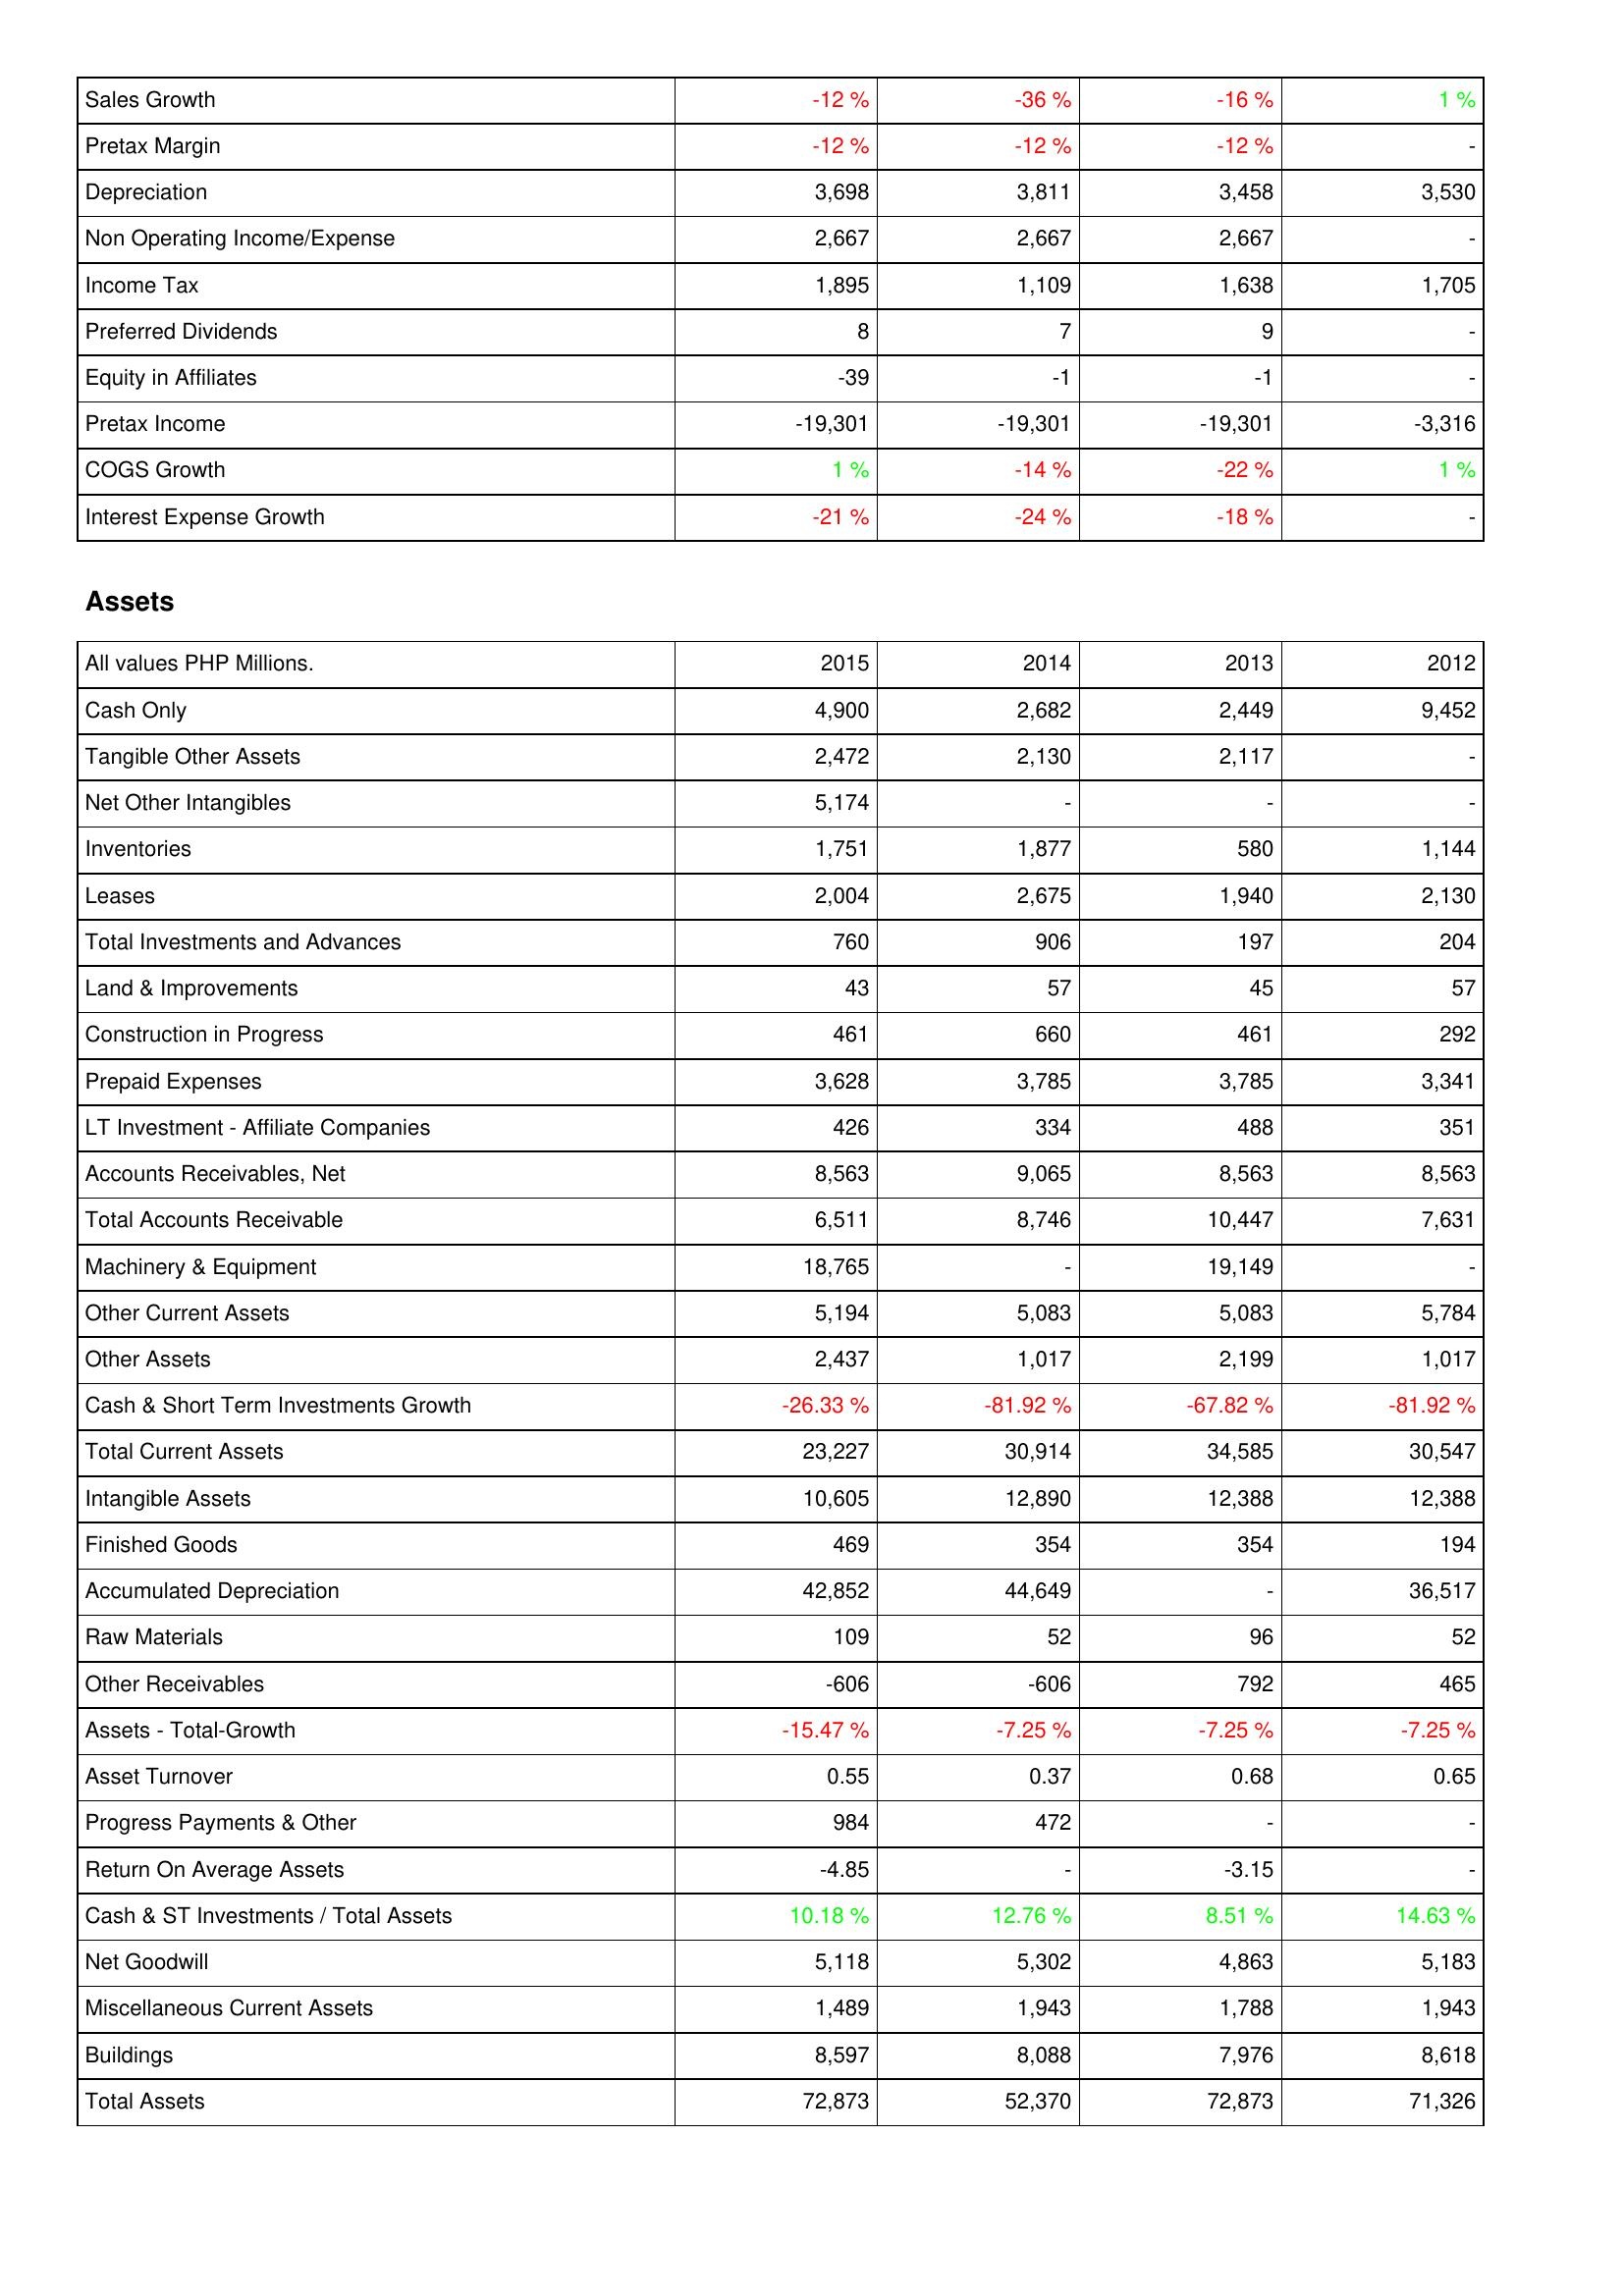
2015: Income Statement: Sales Growth: -12 %
Pretax Margin: -12 %
Depreciation: 3,698
Non Operating Income/Expense: 2,667
Income Tax: 1,895
Preferred Dividends: 8
Equity in Affiliates: -39
Pretax Income: -19,301
COGS Growth: 1 %
Interest Expense Growth: -21 %
Assets: Cash Only: 4,900
Tangible Other Assets: 2,472
Net Other Intangibles: 5,174
Inventories: 1,751
Leases: 2,004
Total Investments and Advances: 760
Land & Improvements: 43
Construction in Progress: 461
Prepaid Expenses: 3,628
LT Investment - Affiliate Companies: 426
Accounts Receivables, Net: 8,563
Total Accounts Receivable: 6,511
Machinery & Equipment: 18,765
Other Current Assets: 5,194
Other Assets: 2,437
Cash & Short Term Investments Growth: -26.33 %
Total Current Assets: 23,227
Intangible Assets: 10,605
Finished Goods: 469
Accumulated Depreciation: 42,852
Raw Materials: 109
Other Receivables: -606
Assets - Total-Growth: -15.47 %
Asset Turnover: 0.55
Progress Payments & Other: 984
Return On Average Assets: -4.85
Cash & ST Investments / Total Assets: 10.18 %
Net Goodwill: 5,118
Miscellaneous Current Assets: 1,489
Buildings: 8,597
Total Assets: 72,873
2014: Income Statement: Sales Growth: -36 %
Pretax Margin: -12 %
Depreciation: 3,811
Non Operating Income/Expense: 2,667
Income Tax: 1,109
Preferred Dividends: 7
Equity in Affiliates: -1
Pretax Income: -19,301
COGS Growth: -14 %
Interest Expense Growth: -24 %
Assets: Cash Only: 2,682
Tangible Other Assets: 2,130
Net Other Intangibles: -
Inventories: 1,877
Leases: 2,675
Total Investments and Advances: 906
Land & Improvements: 57
Construction in Progress: 660
Prepaid Expenses: 3,785
LT Investment - Affiliate Companies: 334
Accounts Receivables, Net: 9,065
Total Accounts Receivable: 8,746
Machinery & Equipment: -
Other Current Assets: 5,083
Other Assets: 1,017
Cash & Short Term Investments Growth: -81.92 %
Total Current Assets: 30,914
Intangible Assets: 12,890
Finished Goods: 354
Accumulated Depreciation: 44,649
Raw Materials: 52
Other Receivables: -606
Assets - Total-Growth: -7.25 %
Asset Turnover: 0.37
Progress Payments & Other: 472
Return On Average Assets: -
Cash & ST Investments / Total Assets: 12.76 %
Net Goodwill: 5,302
Miscellaneous Current Assets: 1,943
Buildings: 8,088
Total Assets: 52,370
2013: Income Statement: Sales Growth: -16 %
Pretax Margin: -12 %
Depreciation: 3,458
Non Operating Income/Expense: 2,667
Income Tax: 1,638
Preferred Dividends: 9
Equity in Affiliates: -1
Pretax Income: -19,301
COGS Growth: -22 %
Interest Expense Growth: -18 %
Assets: Cash Only: 2,449
Tangible Other Assets: 2,117
Net Other Intangibles: -
Inventories: 580
Leases: 1,940
Total Investments and Advances: 197
Land & Improvements: 45
Construction in Progress: 461
Prepaid Expenses: 3,785
LT Investment - Affiliate Companies: 488
Accounts Receivables, Net: 8,563
Total Accounts Receivable: 10,447
Machinery & Equipment: 19,149
Other Current Assets: 5,083
Other Assets: 2,199
Cash & Short Term Investments Growth: -67.82 %
Total Current Assets: 34,585
Intangible Assets: 12,388
Finished Goods: 354
Accumulated Depreciation: -
Raw Materials: 96
Other Receivables: 792
Assets - Total-Growth: -7.25 %
Asset Turnover: 0.68
Progress Payments & Other: -
Return On Average Assets: -3.15
Cash & ST Investments / Total Assets: 8.51 %
Net Goodwill: 4,863
Miscellaneous Current Assets: 1,788
Buildings: 7,976
Total Assets: 72,873
2012: Income Statement: Sales Growth: 1 %
Pretax Margin: -
Depreciation: 3,530
Non Operating Income/Expense: -
Income Tax: 1,705
Preferred Dividends: -
Equity in Affiliates: -
Pretax Income: -3,316
COGS Growth: 1 %
Interest Expense Growth: -
Assets: Cash Only: 9,452
Tangible Other Assets: -
Net Other Intangibles: -
Inventories: 1,144
Leases: 2,130
Total Investments and Advances: 204
Land & Improvements: 57
Construction in Progress: 292
Prepaid Expenses: 3,341
LT Investment - Affiliate Companies: 351
Accounts Receivables, Net: 8,563
Total Accounts Receivable: 7,631
Machinery & Equipment: -
Other Current Assets: 5,784
Other Assets: 1,017
Cash & Short Term Investments Growth: -81.92 %
Total Current Assets: 30,547
Intangible Assets: 12,388
Finished Goods: 194
Accumulated Depreciation: 36,517
Raw Materials: 52
Other Receivables: 465
Assets - Total-Growth: -7.25 %
Asset Turnover: 0.65
Progress Payments & Other: -
Return On Average Assets: -
Cash & ST Investments / Total Assets: 14.63 %
Net Goodwill: 5,183
Miscellaneous Current Assets: 1,943
Buildings: 8,618
Total Assets: 71,326